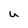
Character: u